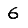
Digit: 6